Medical and sanitary report of the native army of Bengal for the year
Year: 1877
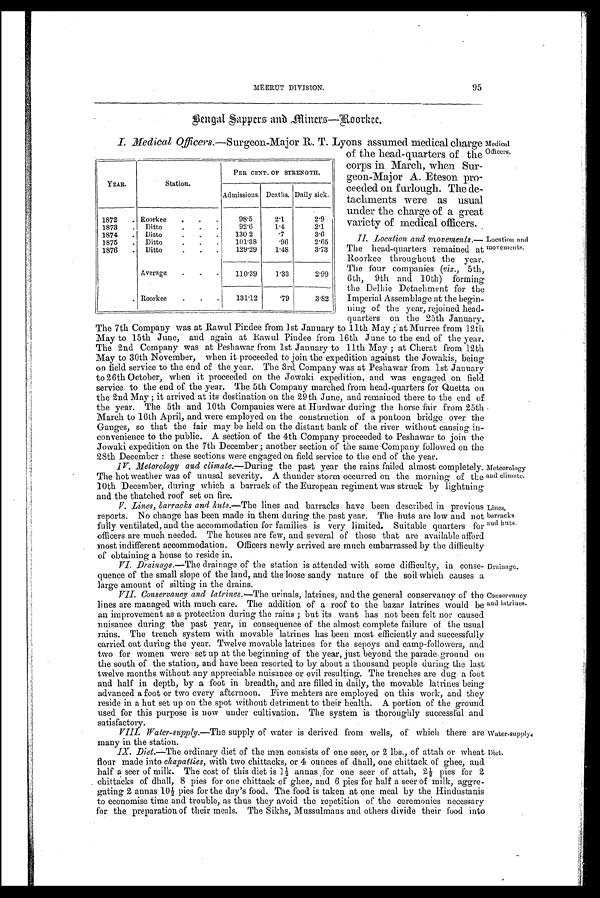
95
MEERUT DIVISION.
Bengal Sappers and Miners—Roorkee.
I. Medical Officers.—Surgeon-Major R. T. Lyons assumed medical charge
of the head-quarters of the
corps in March, when Sur-
geon-Major A. Eteson pro-
ceeded on furlough. The de-
tachments were as usual
under the charge of a great
variety of medical officers.
II. Location and movements.—
The head-quarters remained at
Roorkee throughout the year.
The four companies (viz., 5th,
6th, 9th and 10th) forming
the Delhie Detachment for the
Imperial Assemblage at the begin-
ning of the year, rejoined head-
quarters on the 25th January.
The 7th Company was at Rawul Pindee from 1st January to 11th May; at Murree from 12th
May to 15th June, and again at Rawul Pindee from 16th June to the end of the year.
The 2nd Company was at Peshawar from 1st January to 11th May; at Cherat from 12th
May to 30th November, when it proceeded to join the expedition against the Jowakis, being
on field service to the end of the year. The 3rd Company was at Peshawar from 1st January
to 26th October, when it proceeded on the Jowaki expedition, and was engaged on field
service. to the end of the year. The 5th Company marched from head-quarters for Quetta on
the 2nd May; it arrived at its destination on the 29th June, and remained there to the end of
the year. The 5th and 10th Companies were at Hurdwar during the horse fair from 25th
March to 16th April, and were employed on the construction of a pontoon bridge over the
Gauges, so that the fair may be held on the distant bank of the river without causing in-
convenience to the public. A section of the 4th Company proceeded to Peshawar to join the
Jowaki expedition on the 7th December; another section of the same Company followed on the
28th December: these sections were engaged on field service to the end of the year.
IV. Metorology and climate.—During the past year the rains failed almost completely.
The hot weather was of unusal severity. A thunder storm occurred on the morning of the
10th December, during which a barrack of the European regiment was struck by lightning
and the thatched roof set on fire.
V. Lines, barracks and huts.—The lines and barracks have been described in previous
reports. No change has been made in them during the past year. The huts are low and not
fully ventilated, and the accommodation for families is very limited. Suitable quarters for
officers are much needed. The houses are few, and several of those that are available afford
most indifferent accommodation. Officers newly arrived are much embarrassed by the difficulty
of obtaining a house to reside in.
VI. Drainage.—The drainage of the station is attended with some difficulty, in conse-
quence of the small slope of the land, and the loose sandy nature of the soil which causes a
large amount of silting in the drains.
VII. Conservancy and latrines.—The urinals, latrines, and the general conservancy of the
lines are managed with much care. The addition of a roof to the bazar latrines would be
an improvement as a protection during the rains; but its want has not been felt nor caused
nuisance during the past year, in consequence of the almost complete failure of the usual
rains. The trench system with movable latrines has been most efficiently and successfully
carried out during the year. Twelve movable latrines for the sepoys and camp-followers, and
two for women were set up at the beginning of the year, just beyond the parade ground on
the south of the station, and have been resorted to by about a thousand people during the last
twelve months without any appreciable nuisance or evil resulting. The trenches are dug a foot
and half in depth, by a foot in breadth, and are filled in daily, the movable latrines being
advanced a foot or two every afternoon. Five mehters are employed on this work, and they
reside in a hut set up on the spot without detriment to their health. A portion of the ground
used for this purpose is now under cultivation. The system is thoroughly successful and
satisfactory.
VIII. Water-supply.—The supply of water is derived from wells, of which there are
many in the station.
IX. Diet.—The ordinary diet of the men consists of one seer, or 2 lbs., of attah or wheat
flour made into chapatties, with two chittacks, or 4 ounces of dhall, one chittack of ghee, and
half a seer of milk. The cost of this diet is l½ annas for one seer of attah, 22 pies for 2
chittacks of dhall, 8 pies for one chittack of ghee, and 6 pies for half a seer of milk, aggre-
gating 2 annas 10½ pies for the day's food. The food is taken at one meal by the Hindustanis
to economise time and trouble, as thus they avoid the repetition of the ceremonies necessary
for the preparation of their meals. The Sikhs, Mussulmans and others divide their food into
YEAR.
Station.
PER CENT. OF STRENGTH.
Admissions. Deaths. Daily sick.
1872
Roorkee
98.5
2.1
2.9
1873
Ditto
92.6
1.4
2.1
1874
Ditto
130 2
.7
3.6
1875
Ditto
101.38
.96
2.65
1876
Ditto
129.29
1.48
3.73
Average
110.39
1.33
2.99
Roorkee
131.12
.79
3.82
Medical
Officers.
Location and
movements.
Meteorology
and climate.
Lines,
barracks
and huts.
Drainage.
Conservancy
and latrines.
Water.supply
Diet.